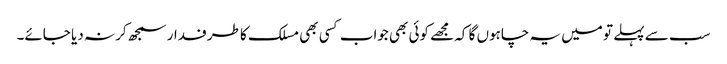
سب سے پہلے تو میں یہ چاہوں گا کہ مجھے کوئی بھی جواب کسی بھی مسلک کا طرفدار سمجھ کر نہ دیا جائے۔